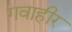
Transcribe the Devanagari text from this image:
गवाहीर